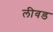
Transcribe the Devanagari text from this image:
लीवड